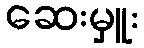
ဆေးမှူး